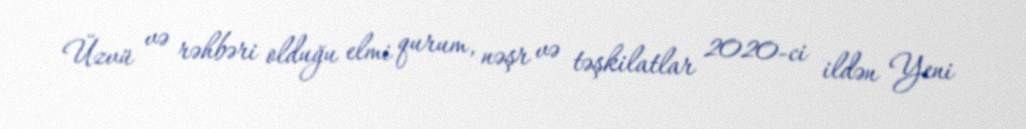
Üzvü və rəhbəri olduğu elmi qurum, nəşr və təşkilatlar 2020-ci ildən Yeni